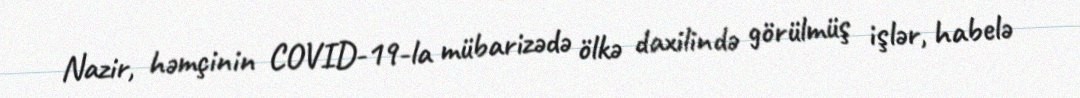
Nazir, həmçinin COVID-19-la mübarizədə ölkə daxilində görülmüş işlər, habelə